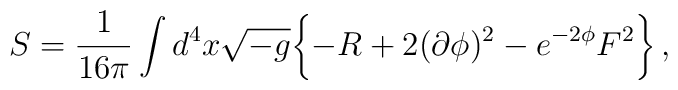
S  = \frac{1}{16\pi} \int d^{4}x \sqrt{-g} \biggl \{-R+2(\partial\phi)^{2} -e^{-2\phi} F^{2} \biggr \}\, ,